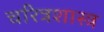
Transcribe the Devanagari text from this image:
चरित्रशास्त्र